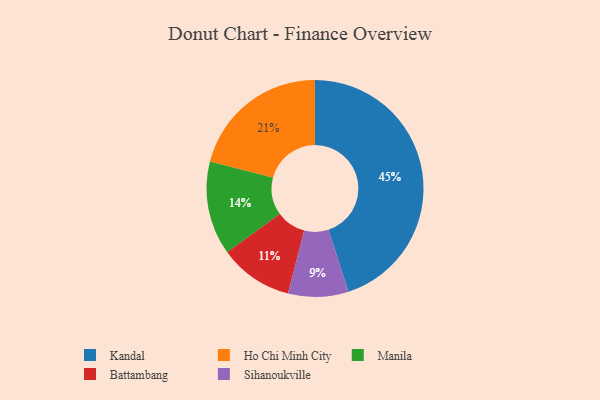
{"axis": {"x": "Category", "y": "Percentage"}, "legend": ["Battambang", "Ho Chi Minh City", "Kandal", "Manila", "Sihanoukville"], "data": [{"x": "Manila", "y": 14, "type": "Manila"}, {"x": "Ho Chi Minh City", "y": 21, "type": "Ho Chi Minh City"}, {"x": "Kandal", "y": 45, "type": "Kandal"}, {"x": "Battambang", "y": 11, "type": "Battambang"}, {"x": "Sihanoukville", "y": 9, "type": "Sihanoukville"}]}